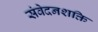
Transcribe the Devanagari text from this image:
संवेदनशक्ति